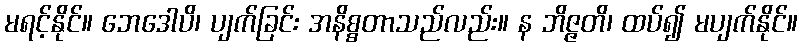
မရင့်နိုင်။ ဘေဒေါပိ၊ ပျက်ခြင်း အနိစ္စတာသည်လည်း။ န ဘိဇ္ဇတိ၊ ထပ်၍ မပျက်နိုင်။